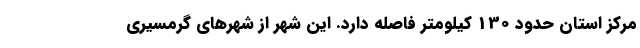
مرکز استان حدود 130 کیلومتر فاصله دارد. این شهر از شهرهای گرمسیری